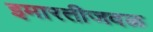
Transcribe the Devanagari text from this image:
इमारतीजवळ